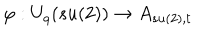
LaTeX: \varphi : U _ { q } ( s u ( 2 ) ) \rightarrow A _ { s u ( 2 ) , t }